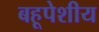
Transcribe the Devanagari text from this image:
बहूपेशीय